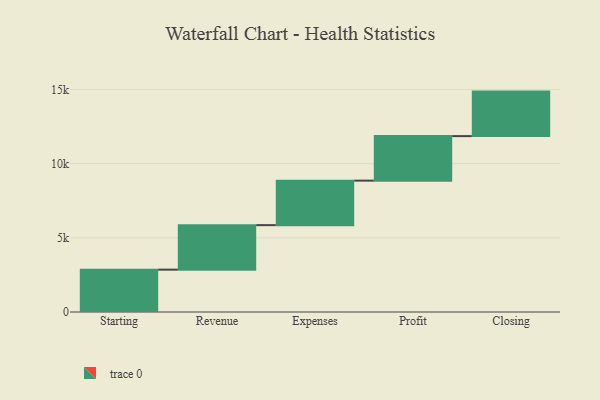
{"axis": {"x": "Step", "y": "Value"}, "legend": [""], "data": [{"x": "Starting", "y": 2854.0, "type": ""}, {"x": "Revenue", "y": 3000, "type": ""}, {"x": "Expenses", "y": 3000, "type": ""}, {"x": "Profit", "y": 3000, "type": ""}, {"x": "Closing", "y": 3000, "type": ""}]}